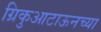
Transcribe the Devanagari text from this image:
ग्रिकुआटाऊनच्या